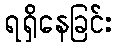
ရရှိနေခြင်း